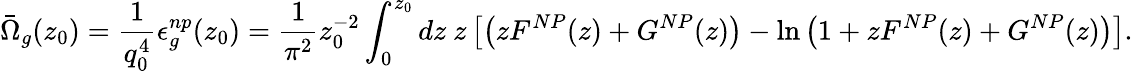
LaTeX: \bar{\Omega}_{g}(z_{0})={\frac{1}{q_{0}^{4}}}\epsilon_{g}^{np}(z_{0})={\frac{1}{\pi^{2}}}z_{0}^{-2}\int_{0}^{z_{0}}dz\ z\left[\left(zF^{NP}(z)+G^{NP}(z)\right)-\ln\left(1+zF^{NP}(z)+G^{NP}(z)\right)\right].